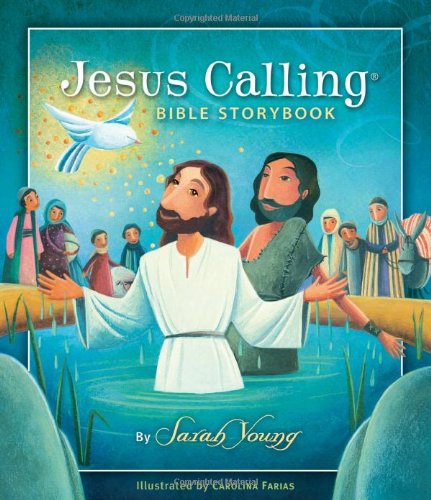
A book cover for Jesus Calling Bible Storybook; Sarah Young; Christian Books & Bibles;